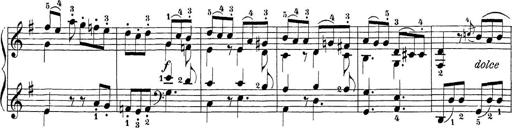
Title: Sonatina Album
Composer: Louis KÃ¶hler